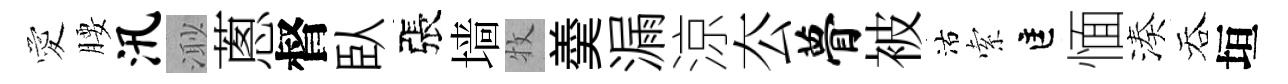
愛腰汛𣺌蔥督臥張墙牧羮漏涼厺瞢被沽索匡愐湊吞垣